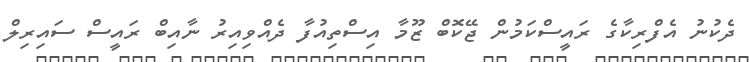
ދެކުނު އެފްރިކާގެ ރައީސްކަމުން ޖޭކޮބް ޒޫމާ އިސްތިއުފާ ދެއްވިއިރު ނާއިބް ރައީސް ސައިރިލް